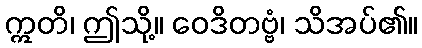
ဣတိ၊ ဤသို့။ ဝေဒိတဗ္ဗံ၊ သိအပ်၏။